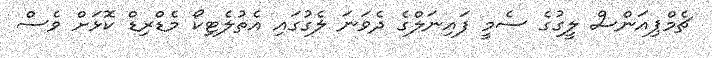
ޗެމްޕިއަންސް ލީގުގެ ސެމީ ފައިނަލްގެ ދެވަނަ ލެގުގައި އެތުލެޓިކޯ މެޑްރިޑް ކޮޅަށް ވެސް